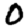
Digit: 0